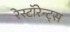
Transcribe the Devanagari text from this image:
रेस्टॉरेन्ट्स